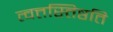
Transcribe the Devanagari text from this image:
त्वत्तस्तिष्ठति